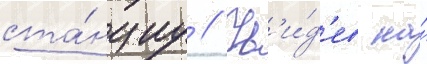
ста́нциу // Ув'и́д'ев на́